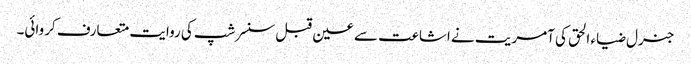
جنرل ضیاء الحق کی آمریت نے اشاعت سے عین قبل سنسر شپ کی روایت متعارف کروائی۔